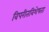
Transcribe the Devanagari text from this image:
विपरीतविशेषता